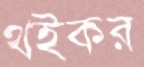
থইকর